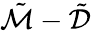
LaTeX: \tilde{\mathcal{M}}-\tilde{\mathcal{D}}